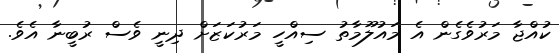
ކުއްޖާ މަރުވެގެން އެ މައުލޫމާތު ސިއްހީ މަރުކަޒަށް ދިނީ ވެސް ރުބީނާ އެވެ.